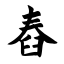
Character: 舂